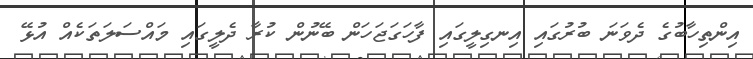
އިންތިހާބުގެ ދެވަނަ ބުރުގައި އިނގިލީގައި ފާހަގަޖަހަން ބޭނުން ކުރާ ދެލީގައި މައްސަލަތަކެއް އުޅޭ